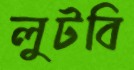
লুটবি